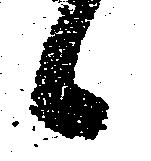
候